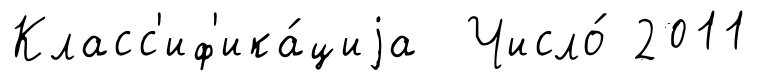
Класс'иф'ика́циjа Число́ 2011